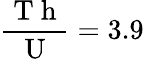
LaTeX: \frac{\mathrm{~T~h~}}{\mathrm{~U~}}=3.9